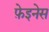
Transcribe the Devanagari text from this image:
फ़ेइनेस